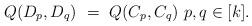
LaTeX: \begin{align*} Q(D_p, D_q) \ = \ Q(C_p, C_q) \ p, q \in [k]. \end{align*}